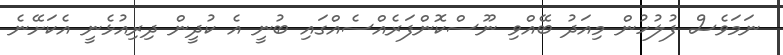
ނަމަވެސް ފުލުހުން މިއަދު ބޭއްވި ނޫސްކޮންފަރެއްސެއްގައި ބުނީ އެ ކުދީން ދިރިއުޅެނީ އެކަށޭނެ